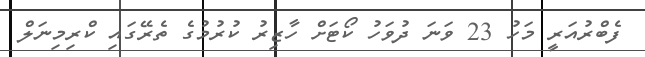
ފެބްރުއަރީ މަހު 23 ވަނަ ދުވަހު ކޯޓަށް ހާޒިރު ކުރުމުގެ ތެރޭގައި ކްރިމިނަލް